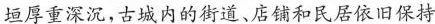
垣厚重深沉，古城内的街道、店铺和民居依旧保持